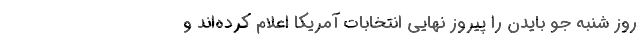
روز شنبه جو بایدن را پیروز نهایی انتخابات آمریکا اعلام کرده‌اند و